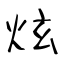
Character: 炫